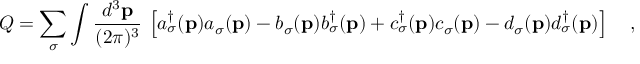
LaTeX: Q = \sum _ { \sigma } \int \frac { d ^ { 3 } { \bf p } } { ( 2 \pi ) ^ { 3 } } \, \left[ a _ { \sigma } ^ { \dagger } ( { \bf p } ) a _ { \sigma } ( { \bf p } ) - b _ { \sigma } ( { \bf p } ) b _ { \sigma } ^ { \dagger } ( { \bf p } ) + c _ { \sigma } ^ { \dagger } ( { \bf p } ) c _ { \sigma } ( { \bf p } ) - d _ { \sigma } ( { \bf p } ) d _ { \sigma } ^ { \dagger } ( { \bf p } ) \right] \quad ,